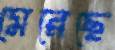
মেরেছে